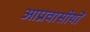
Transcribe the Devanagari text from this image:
आप्रवासीयों